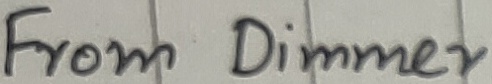
Text: From Dimmer